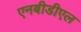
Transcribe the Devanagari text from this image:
एनबीडीएल